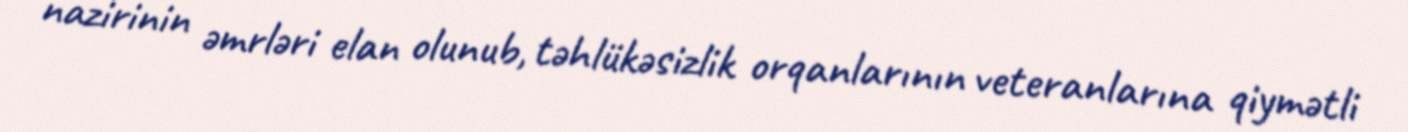
nazirinin əmrləri elan olunub, təhlükəsizlik orqanlarının veteranlarına qiymətli